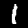
Label: 1